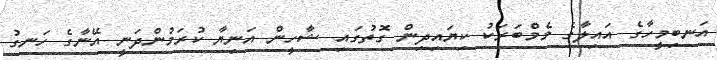
އަނބިމީހާގެ އައިލާގެ މެމްބަރަކު ކިޔައިދިން ގޮތުގައި ޝާހީން އަނިޔާ ކުރަމުންދަނީ އޭނާގެ ހަނގު